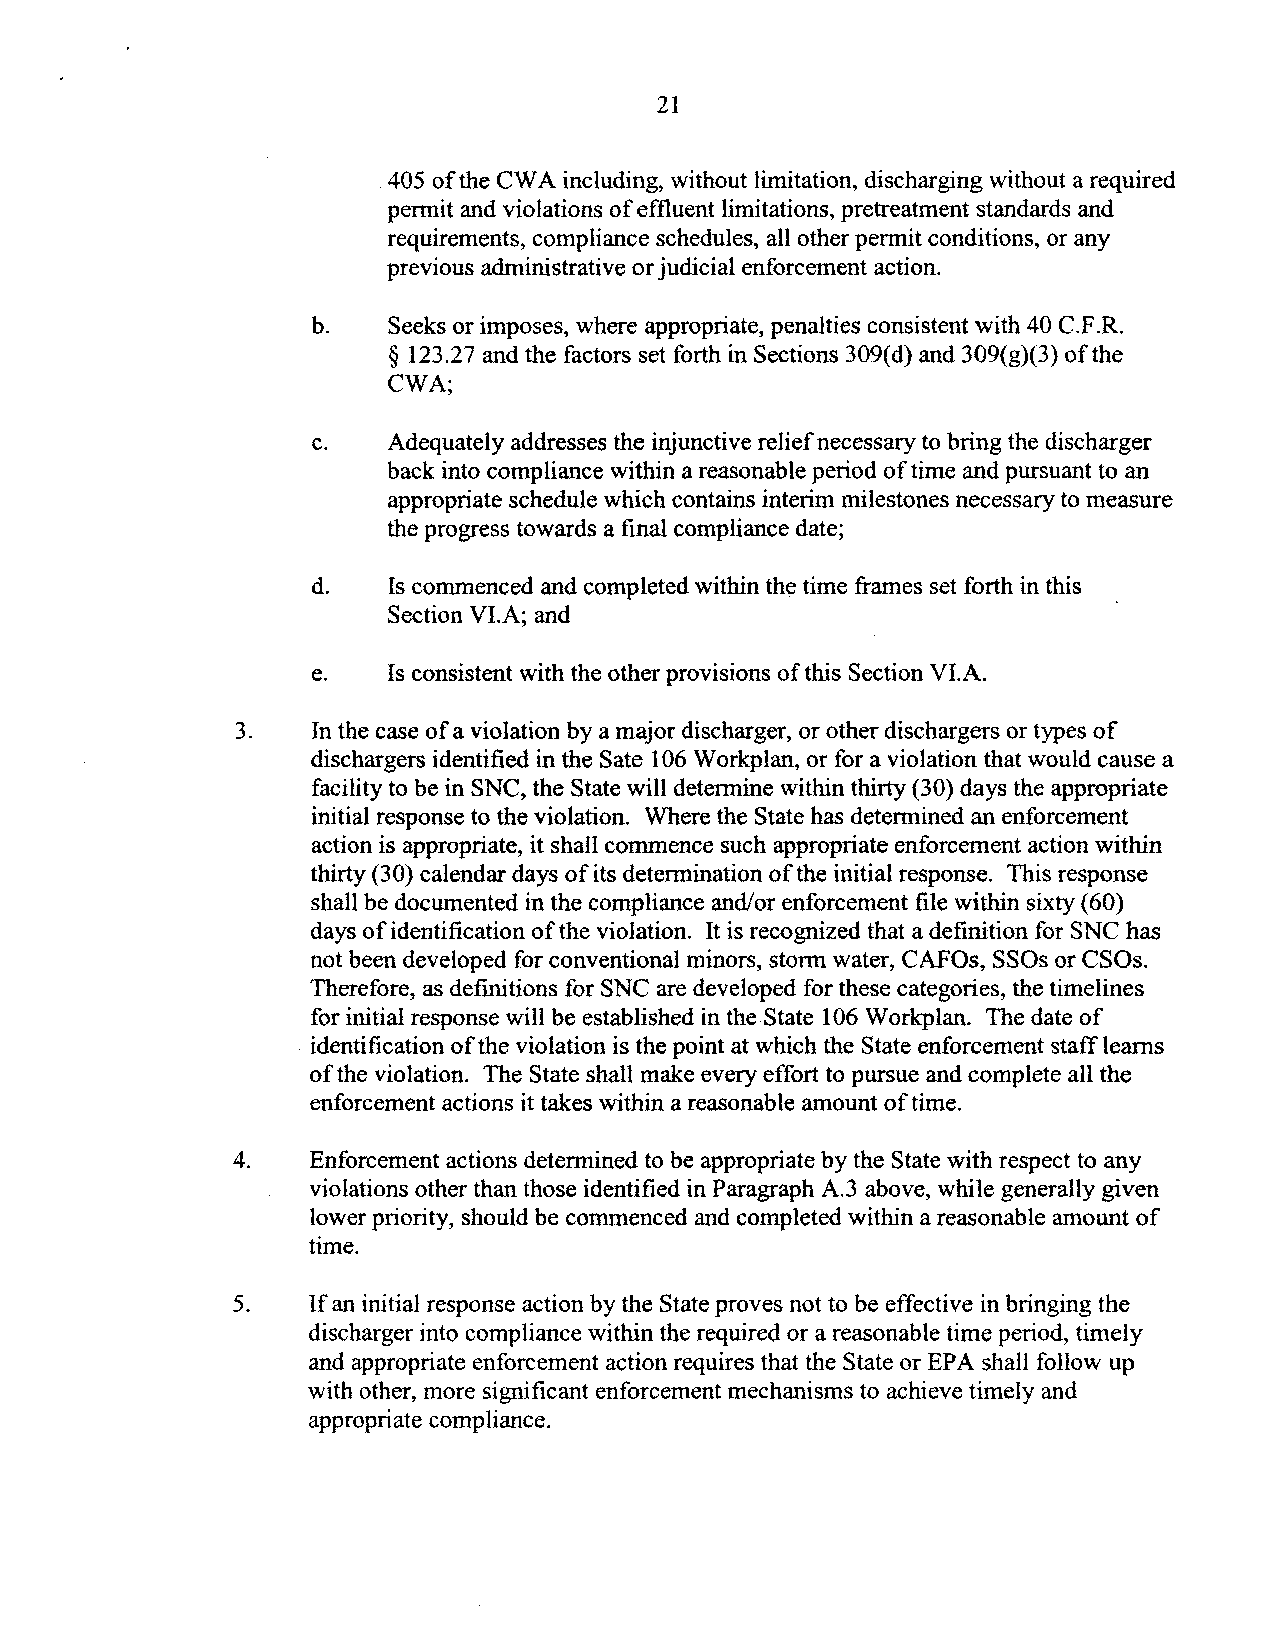
21
 405 ofthe CW A including, without limitation, discharging without a required
 permit and violations ofeffluent limitations, pretreatment standards and
 requirements, compliance schedules, all other permit conditions, or any
 previous administrative or judicial enforcement action.
 b.   Seeks or imposes, where appropriate, penalties consistent with 40 C.F .R.
 § 123.27 and the factors set forth in Sections 309(d) and 309(g)(3) ofthe
 CWA;
 c.   Adequately addresses the injunctive relief necessary to bring the discharger
 back into compliance within a reasonable period of time and pursuant to an
 appropriate schedule which contains interim milestones necessary to measure
 the progress towards a final compliance date;
 d.   Is commenced and completed within the time frames set forth in this
 Section VI.A; and
 e.   Is consistent with the other provisions of this Section VI.A.
 3.   In the case ofa violation by a major discharger, or other dischargers or types of
 dischargers identified in the Sate 106 Workplan, or for a violation that would cause a
 facility to be in SNC, the State will determine within thirty (30) days the appropriate
 initial response to the violation. Where the State has determined an enforcement
 action is appropriate, it shall commence such appropriate enforcement action within
 thirty (30) calendar days of its determination of the initial response. This response
 shall be documented in the compliance andlor enforcement file within sixty (60)
 days of identification of the violation. It is recognized that a definition for SNC has
 not been developed for conventional minors, storm water, CAFOs, SSOs or CSOs.
 Therefore, as definitions for SNC are developed for these categories, the timelines
 for initial response will be established in the State 106 Workplan. The date of
 identification ofthe violation is the point at which the State enforcement stafTlearns
 ofthe violation. The State shall make every effort to pursue and complete all the
 enforcement actions it takes within a reasonable amount of time.
 4.   Enforcement actions determined to be appropriate by the State with respect to any
 violations other than those identified in Paragraph A.3 above, while generally given
 lower priority, should be commenced and completed within a reasonable amount of
 time.
 5.   If an initial response action by the State proves not to be effective in bringing the
 discharger into compliance within the required or a reasonable time period, timely
 and appropriate enforcement action requires that the State or EPA shall follow up
 with other, more significant enforcement mechanisms to achieve timely and
 appropriate compliance.